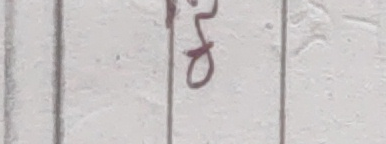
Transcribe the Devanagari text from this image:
छु